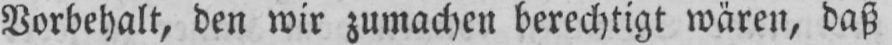
Vorbehalt, den wir zumachen berechtigt wären, daß